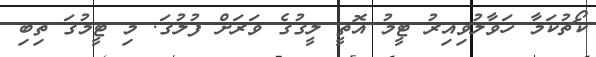
ކޯޗުކަމާ ހަވާލުވިއިރު ޓީމު އޮތީ ލީގުގެ ވަރަށް ފުލުގަ. މި ޓީމުގަ ތިބި